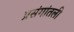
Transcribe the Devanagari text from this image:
प्रसंगांतली